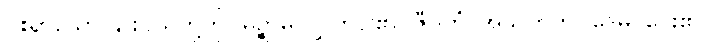
ငါးရာသော နွားငယ်တို့ကို။ မုဉ္စာမိ၊ လွှတ်ပါ၏။ ဇီဝိတံ၊ အသက်ကို။ ဒေမိ၊ ပေး၏။